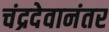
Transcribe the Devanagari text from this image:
चंद्रदेवानंतर